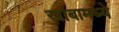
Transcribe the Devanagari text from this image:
खांबामध्ये